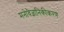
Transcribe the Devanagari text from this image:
मनोवैज्ञानिकीकरण